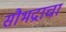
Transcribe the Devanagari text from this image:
सौभद्राचा